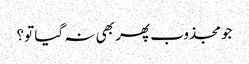
جو مجذوب پھر بھی نہ گیا تو؟